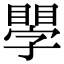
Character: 𥊐